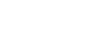
ရှိခဲ့သော